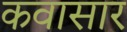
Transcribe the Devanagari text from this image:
कवासार